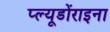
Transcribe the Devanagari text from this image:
प्ल्यूडोंराइना